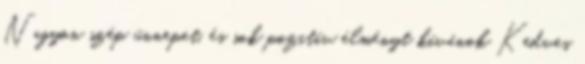
Nagyon szép ünnepet, és sok pozitív élményt kívánok Kedves